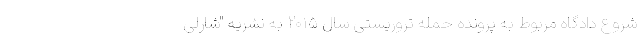
شروع دادگاه مربوط به پرونده حمله تروریستی سال ۲۰۱۵ به نشریه "شارلی